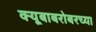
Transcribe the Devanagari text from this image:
क्यूबाबरोबरच्या